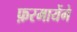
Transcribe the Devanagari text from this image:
फ़रमायेंगे